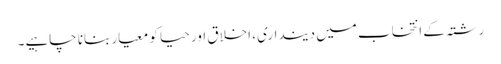
رشتہ کے انتخاب میں دینداری، اخلاق اور حیا کو معیار بنانا چاہیے۔